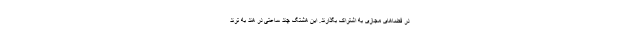
در فضاهای مجازی به اشتراک بگذارند. این هشتگ چند ساعتی در هند به ترند